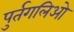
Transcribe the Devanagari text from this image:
पुर्तगलिओ